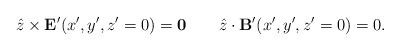
LaTeX: \begin{align*}{\hat z}\times {\bf E}'(x',y',z'=0)={\bf 0}\;\;\;\;\;\;\;{\hat z}\cdot {\bf B}'(x',y',z'=0)=0.\end{align*}